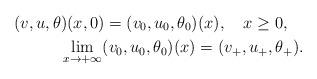
LaTeX: \begin{align*}(v,u,\theta)(x,0)=(v_{0},u_{0},\theta_{0})(x),\ \ \ x\geq0, \ \ \ \\\lim_{x\rightarrow+\infty}(v_{0},u_{0},\theta_{0})(x)=(v_{+},u_{+},\theta_{+}).\end{align*}